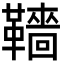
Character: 𩍙